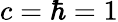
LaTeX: c=\hbar=1